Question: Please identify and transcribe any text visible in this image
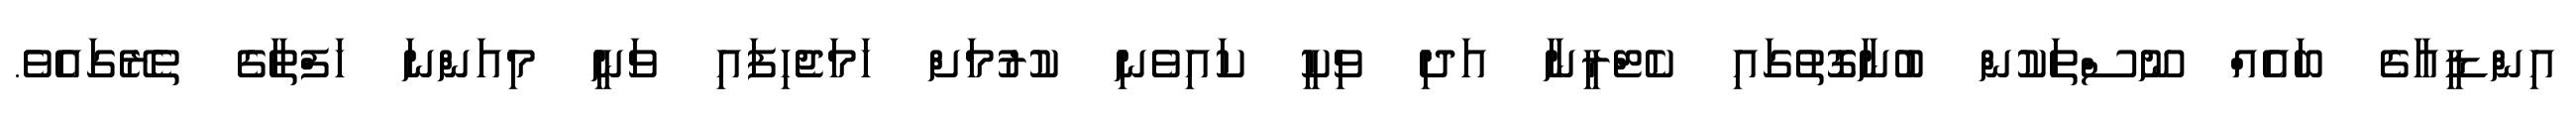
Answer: އިންޑީއާގެ ބައެއް ނޫސްތަކުން ބުނާގޮތުގައި ކެޓްރީނާ އަދި ވިކީ ކައިވެނި ކުރުމަށް ހަމަޖެހިފައި ވަނީ މިއަންނަ ހަފްތާގެ ތެރޭގައެވެ.